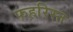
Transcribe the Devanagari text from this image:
फहरिस्त